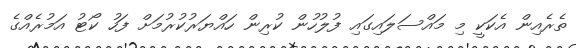
ތެރެއިން އެކަކީ މި މައްސަލައިގައި ފުލުހުން ކުރިން ހައްޔަރުކުރުމަށް ފަހު ކޯޓު އަމުރެއްގެ